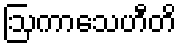
ဩကာသေဟီတိ